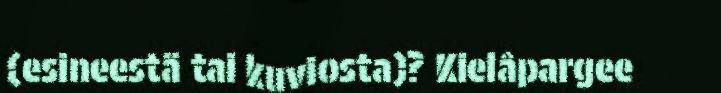
(esineestä tai kuviosta)? Kielâpargee